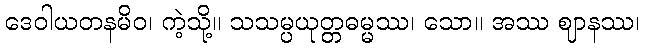
ဒေဝါယတနမိဝ၊ ကဲ့သို့။ သသမ္ပယုတ္တဓမ္မဿ၊ သော။ အဿ ဈာနဿ၊